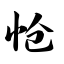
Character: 怆